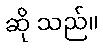
ဆို သည်။